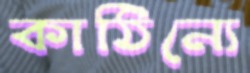
কাঠিন্যে